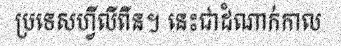
ប្រទេសហ្វីលីពីន។ នេះជាដំណាក់កាល